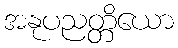
အနုပညတ္တိယော